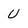
Character: U